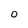
Character: 0